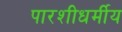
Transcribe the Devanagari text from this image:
पारशीधर्मीय